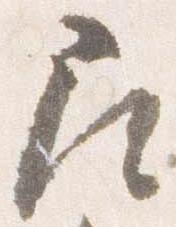
尋